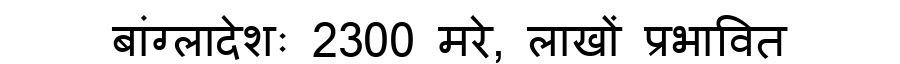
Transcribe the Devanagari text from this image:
बांग्लादेशः 2300 मरे, लाखों प्रभावित